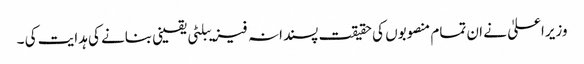
وزیراعلیٰ نے ان تمام منصوبوں کی حقیقت پسندانہ فیزیبلٹی یقینی بنانے کی ہدایت کی ۔